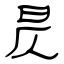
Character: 昃